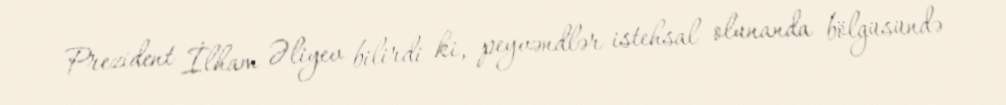
Prezident İlham Əliyev bilirdi ki, peyvəndlər istehsal olunanda bölgüsündə